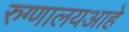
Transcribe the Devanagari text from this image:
रुग्णालयआहे